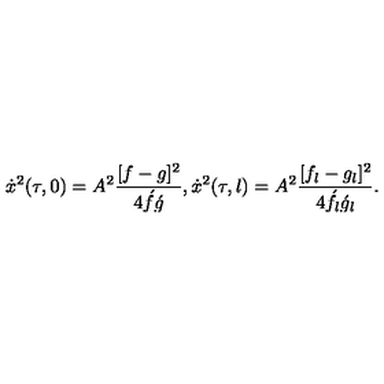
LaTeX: \dot { x } ^ { 2 } ( \tau , 0 ) = A ^ { 2 } \frac { [ f - g ] ^ { 2 } } { 4 \acute { f } \acute { g } } , \dot { x } ^ { 2 } ( \tau , l ) = A ^ { 2 } \frac { [ f _ { l } - g _ { l } ] ^ { 2 } } { 4 \acute { f } _ { l } \acute { g } _ { l } } .